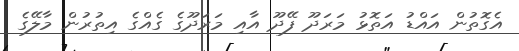
އެގޮތުން އައްޑު އަތޮޅު މަރަދޫ ފޭދޫ އާއި މަރަދޫގެ ގެއްގެ އިތުރުން މާލޭގެ